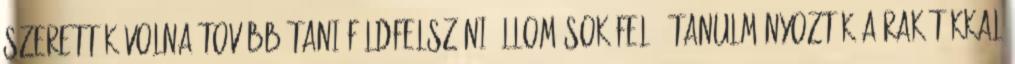
szerették volna továbbítani földfelszíni állomások felé. Tanulmányozták a rakétákkal